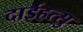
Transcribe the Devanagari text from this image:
दाईहत्सु